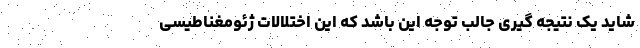
شاید یک نتیجه گیری جالب توجه این باشد که این اختلالات ژئومغناطیسی